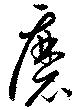
磨